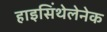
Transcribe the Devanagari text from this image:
हाइसिंथेलेनेक